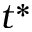
t ^ { * }